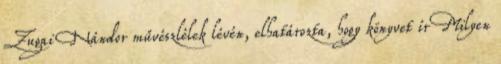
Zugai Nándor művészlélek lévén, elhatározta, hogy könyvet ír Milyen